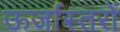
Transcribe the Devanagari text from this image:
ऊर्जास्तरों